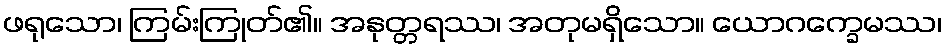
ဖရုသော၊ ကြမ်းကြုတ်၏။ အနုတ္တရဿ၊ အတုမရှိသော။ ယောဂက္ခေမဿ၊